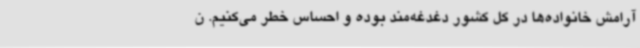
آرامش خانواده‌ها در کل کشور دغدغه‌مند بوده و احساس خطر می‌کنیم. ن